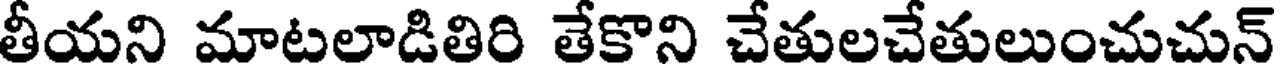
తీయని మాటలాడితిరి తేకొని చేతులచేతులుంచుచున్